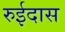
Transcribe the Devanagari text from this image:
रुईदास